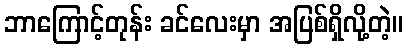
ဘာကြောင့်တုန်း ခင်လေးမှာ အပြစ်ရှိလို့တဲ့။